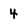
Character: 4